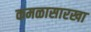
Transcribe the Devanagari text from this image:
कमळासारखा